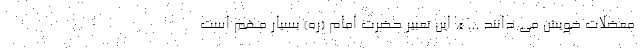
معضلات خویش می دانند ... ». این تعبیر حضرت امام (ره) بسیار مهم است